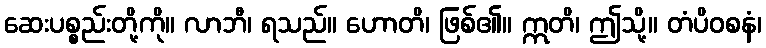
ဆေးပစ္စည်းတို့ကို။ လာဘီ၊ ရသည်။ ဟောတိ၊ ဖြစ်၏။ ဣတိ၊ ဤသို့။ တံပိဝစနံ၊